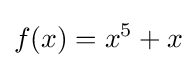
f(x)=x^{5}+x